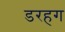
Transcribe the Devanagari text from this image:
डरहग